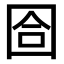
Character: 𡇞